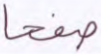
صفحا